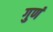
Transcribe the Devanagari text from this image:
गुणं